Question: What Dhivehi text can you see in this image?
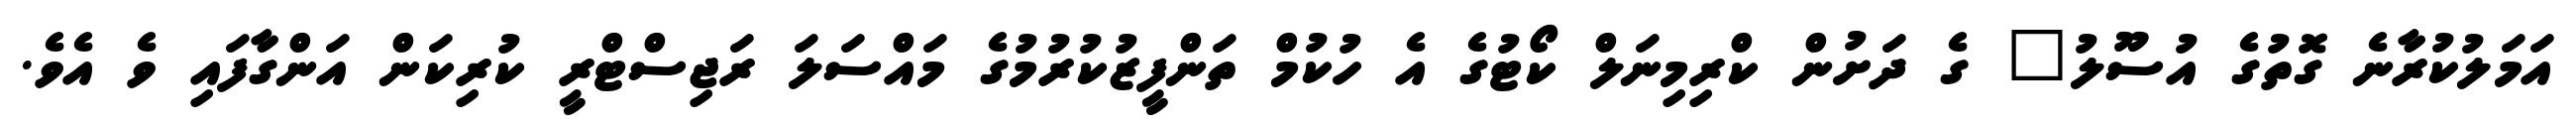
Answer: އަމަލުކުރާނެ ގޮތުގެ އުސޫލު" ގެ ދަށުން ކްރިމިނަލް ކޯޓުގެ އެ ހުކުމް ތަންފީޒުކުރުމުގެ މައްސަލަ ރަޖިސްޓްރީ ކުރިކަން އަންގާފައި ވެ އެވެ.